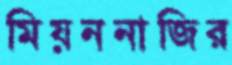
মিয়ননাজির